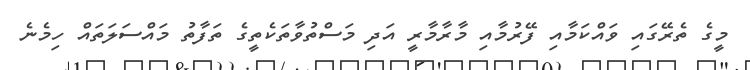
މީގެ ތެރޭގައި ވައްކަމާއި ފޭރުމާއި މާރާމާރީ އަދި މަސްތުވާތަކެތީގެ ތަފާތު މައްސަލަތައް ހިމެނެ